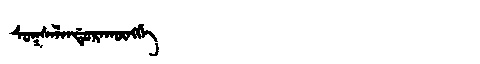
Manchu: ᠰᡠᡴᠰᠠᠯᠠᠨᡩᡠᡵᠠᡴᡡᠩᡤᡝ
Romanization: SUKSALANDURAKŪNGGE